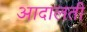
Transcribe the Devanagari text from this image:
आदालती